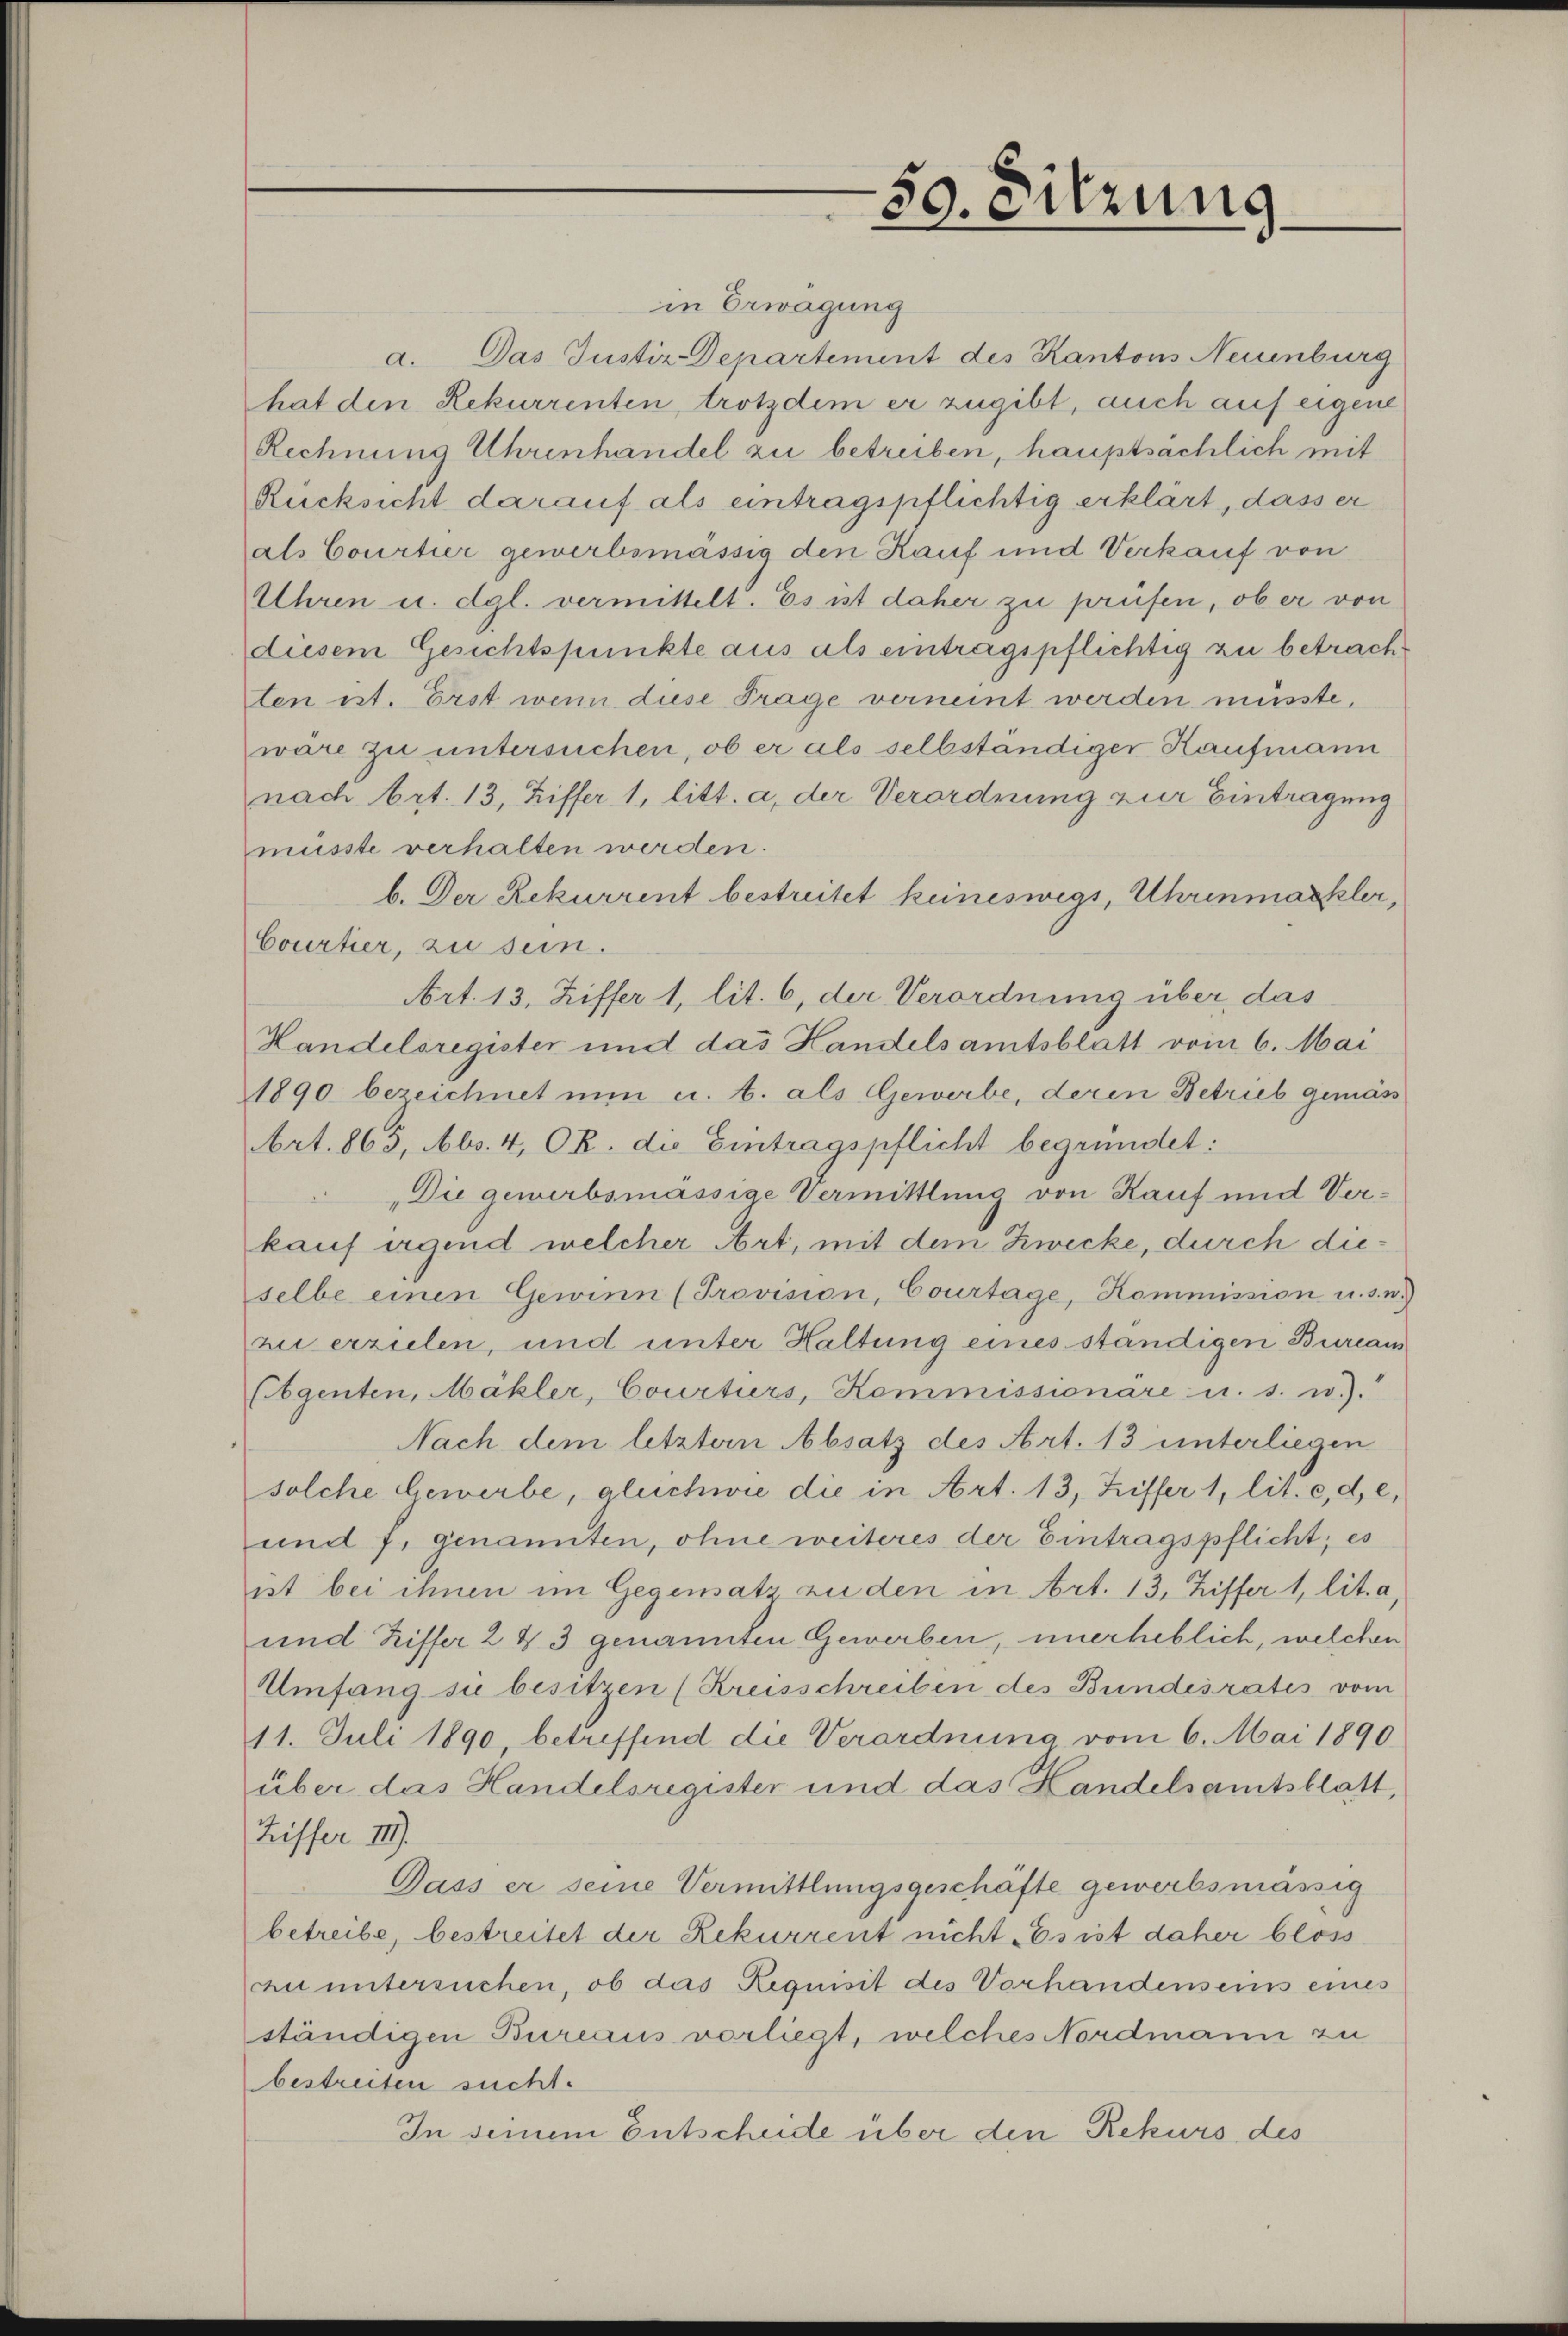
in Erwägung
a. Das Justiz Departement des Kantons Neuenburg
hat den Rekurrenten, trotzdem er zugibt, auch auf eigene
Rechnung Uhrenhandel zu betreiben, hauptsächlich mit
Rücksicht darauf als eintragspflichtig erklärt, dass er
als Courtier gewerbsmässig den Kauf und Verkauf von
Uhren u. dgl. vermittelt. Es ist daher zu prüfen, ob er von
diesem Gesichtspunkte aus als eintragspflichtig zu betrachten et. Erst wenn diese Frage verneint werden müsste,
wäre zu untersuchen, ob er als selbständiger Kaufmann
nach bet. 13, Ziffer 1, litt. a, der Verordnung zur Eintragung
müsste verhalten werden.
b. Der Rekurrent bestreitet keineswegs, Uhrenmarkler,
Courtier, zu sein.
Art. 13. Ziffer 1, lit. 6, der Verordnung über, das
Handelsregister und das Handelsamtsblatt vom 6. Mai
1890 bezeichnet nun u. b. als Gewerbe, deren Betrieb gemäss
Art. 865, Abs. 4, OR. die Eintragspflicht begründet:
„Die gewerbsmässige Vermittlung von Kauf und Verkauf irgend welcher Art, mit dem Zwecke, durch dieselbe einen Gewinn (Provision, Courtage, Kommission u. s. w.)
vii erzielen, und unter Haltung eines ständigen Bureau
Eigenten, Mäkler, Courtiers, Kommissionare u. s. w.).
Nach dem letztem Absatz des Art. 13 unterliegen
solche Gewerbe, gleichwie die in Art. 13, Ziffer 1, lit. c, d,e,
und 7. genannten, ohne weiteres der Eintragspflicht; es
ist bei ihnen im Gegensatz zu den in Art. 13, Ziffer 1, lit. a,
und Ziffer 2 & 3 genannten Gewerben, unerheblich, welchen
Umfang sie besitzen (Kreisschreiben des Bundesrates vom
11. Juli 1890, betreffend die Verordnung vom 6. Mai 1890
über das Handelsregister und das Handelsamtsblatt,
Hiffer III.
Dass er seine Vermittlungsgeschäfte gewerbsmässig
betreibe, bestreitet der Rekurrent nicht „Es ist daher bloss
cu untersuchen, ob das Requisit des Vorhandenseins eines
ständigen Bureaus vorliegt, welches Nordmann zu
bestreiten sucht.
In seinem Entscheide über den Rekurs des

50. Sitzung